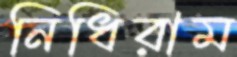
নিধিরাম